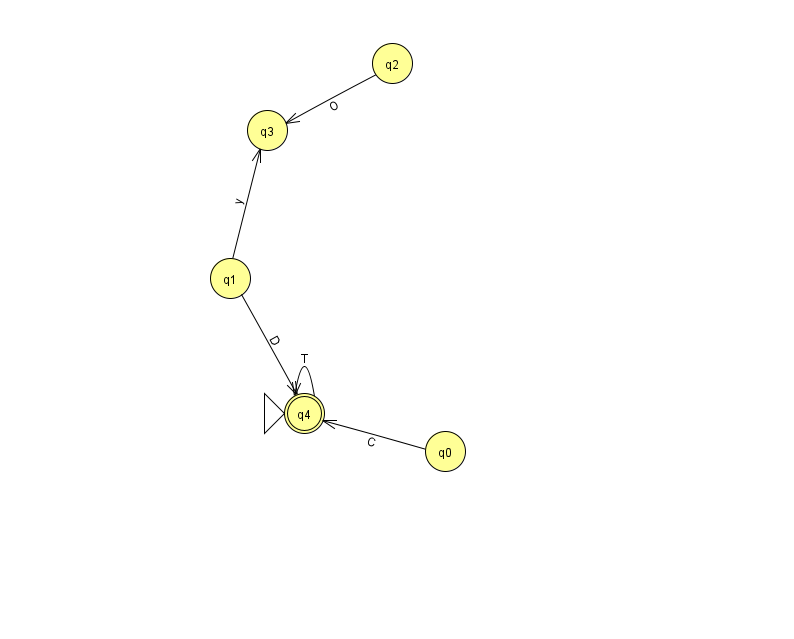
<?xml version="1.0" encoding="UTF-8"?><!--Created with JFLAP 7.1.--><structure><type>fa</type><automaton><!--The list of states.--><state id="0" name="q0"><x>445.0</x><y>438.0</y></state><state id="1" name="q1"><x>230.0</x><y>265.0</y></state><state id="2" name="q2"><x>392.0</x><y>50.0</y></state><state id="3" name="q3"><x>267.0</x><y>117.0</y></state><state id="4" name="q4"><x>304.0</x><y>400.0</y><initial/><final/></state><!--The list of transitions.--><transition><from>1</from><to>4</to><read>D</read></transition><transition><from>4</from><to>4</to><read>T</read></transition><transition><from>1</from><to>3</to><read>y</read></transition><transition><from>0</from><to>4</to><read>C</read></transition><transition><from>2</from><to>3</to><read>O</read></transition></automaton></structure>